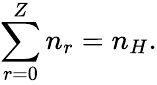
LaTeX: \sum_{r=0}^{Z}n_{r}=n_{H}.